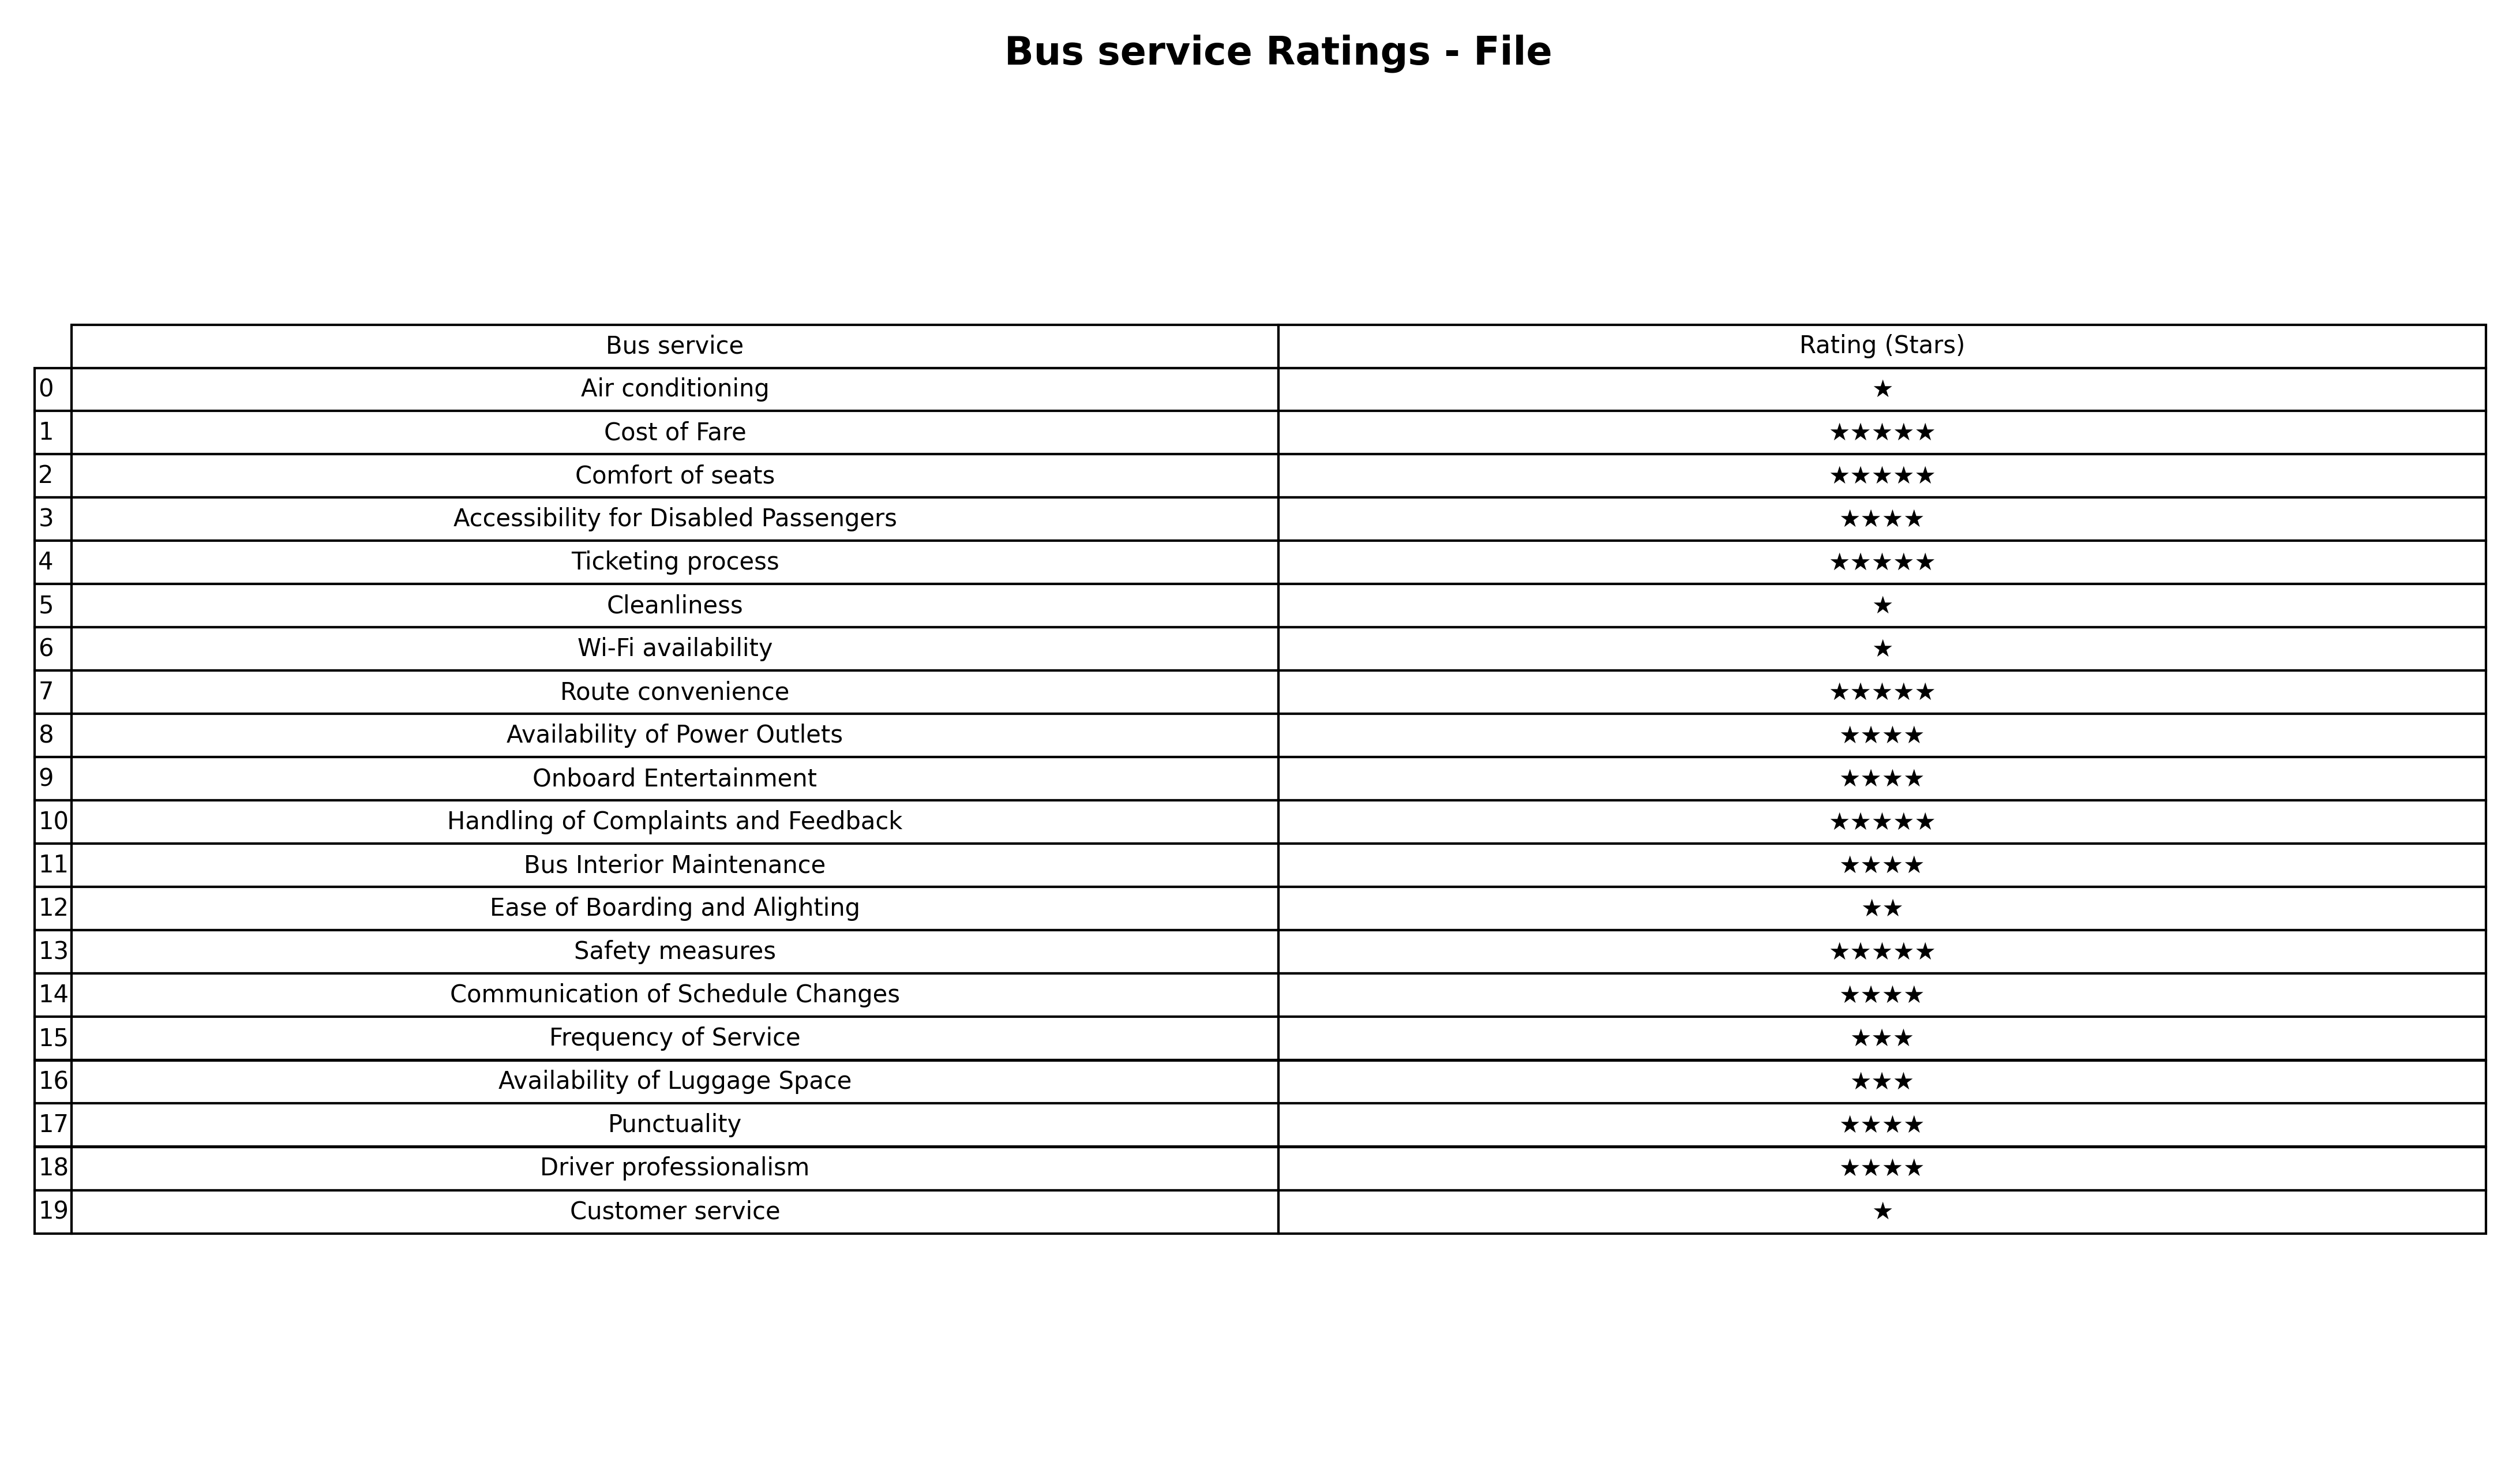
question: Which services are rated average?
answer: Frequency of ServiceAvailability of Luggage Space